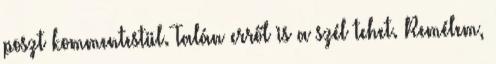
poszt kommentestül. Talán erről is a szél tehet. Remélem,